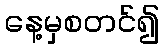
နေ့မှစတင်၍